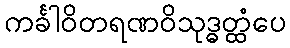
ကင်္ခါဝိတရဏဝိသုဒ္ဓတ္ထံပေ